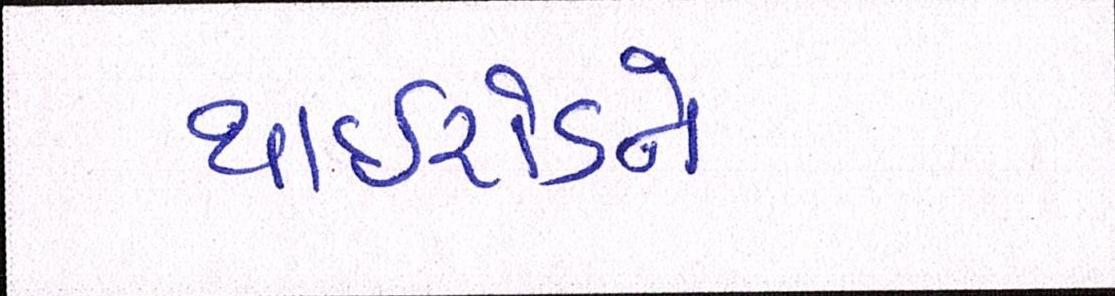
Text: થાઈરોઈડને